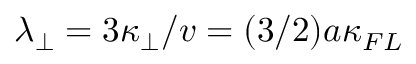
\lambda _ { \perp } = 3 \kappa _ { \perp } / v = ( 3 / 2 ) a \kappa _ { F L }